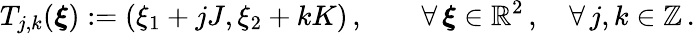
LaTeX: T_{j,k}(\boldsymbol{\xi}):=(\xi_{1}+jJ,\xi_{2}+kK)\, ,\qquad\forall\, \boldsymbol{\xi}\in\mathbb{R}^{2}\, ,\quad\forall\, j,k\in\mathbb{Z}\, .